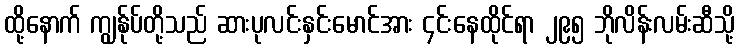
ထို့နောက် ကျွန်ုပ်တို့သည် ဆားပုလင်းနှင်းမောင်အား ၄င်းနေထိုင်ရာ ၂၉၅ ဘိုလိန်းလမ်းဆီသို့